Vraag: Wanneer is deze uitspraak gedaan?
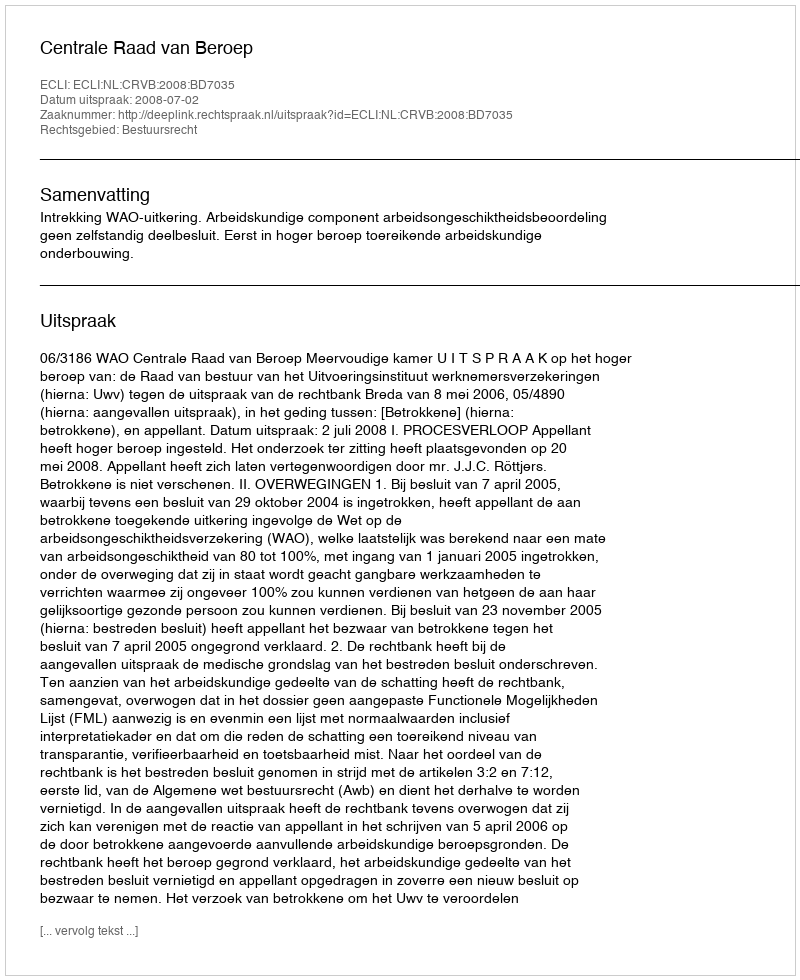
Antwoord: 2008-07-02